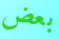
بعض